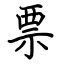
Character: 票